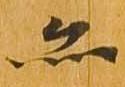
亦